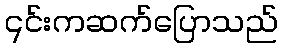
၎င်းကဆက်ပြောသည်